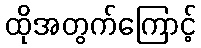
ထိုအတွက်ကြောင့်